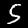
Label: 5